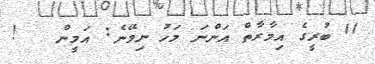
11 ބުރީގެ އިމާރާތް އަންނަ މަހު ނިމޭނެ: އަމީން   !